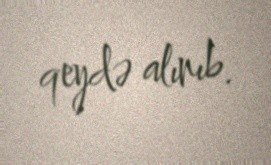
qeydə alınıb.